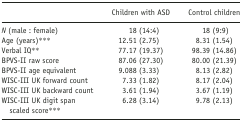
|  | Children with ASD | Control children |
 | --- | --- | --- |
 | N (male : female) | 18 (14:4) | 18 (9:9) |
 | Age (years)*** | 12.51 (2.75) | 8.31 (1.54) |
 | Verbal IQ** | 77.17 (19.37) | 98.39 (14.86) |
 | BPVS-II raw score | 87.06 (27.30) | 80.00 (21.39) |
 | BPVS-II age equivalent | 9.088 (3.33) | 8.13 (2.82) |
 | WISC-III UK forward count | 7.33 (1.82) | 8.17 (2.04) |
 | WISC-III UK backward count | 3.61 (1.94) | 3.67 (1.19) |
 | WISC-III UK digit span scaled score*** | 6.28 (3.14) | 9.78 (2.13) |